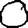
Digit: 0